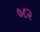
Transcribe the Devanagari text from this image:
०८२